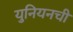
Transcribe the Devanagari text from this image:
युनियनची